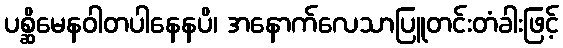
ပစ္ဆိမေနဝါတပါနေနပိ၊ အနောက်လေသာပြူတင်းတံခါးဖြင့်